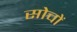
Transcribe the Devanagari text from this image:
सोचों